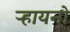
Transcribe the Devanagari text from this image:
ऱ्हायनो